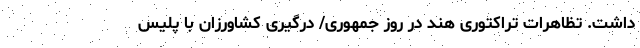
داشت. تظاهرات تراکتوری هند در روز جمهوری/ درگیری کشاورزان با پلیس